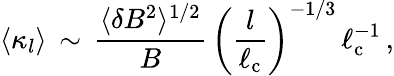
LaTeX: \langle{\kappa_{l}}\rangle\, \sim\, \frac{\langle\delta B^{2}\rangle^{1/2}}{B}\, \left(\frac{l}{\ell_{\mathrm{c}}}\right)^{-1/3}\, \ell_{\mathrm{c}}^{-1}\, ,